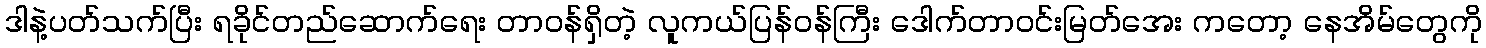
ဒါနဲ့ပတ်သက်ပြီး ရခိုင်တည်ဆောက်ရေး တာဝန်ရှိတဲ့ လူကယ်ပြန်ဝန်ကြီး ဒေါက်တာဝင်းမြတ်အေး ကတော့ နေအိမ်တွေကို